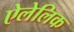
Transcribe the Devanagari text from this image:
ऐलेलिक